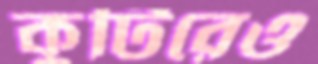
কুটিরেও